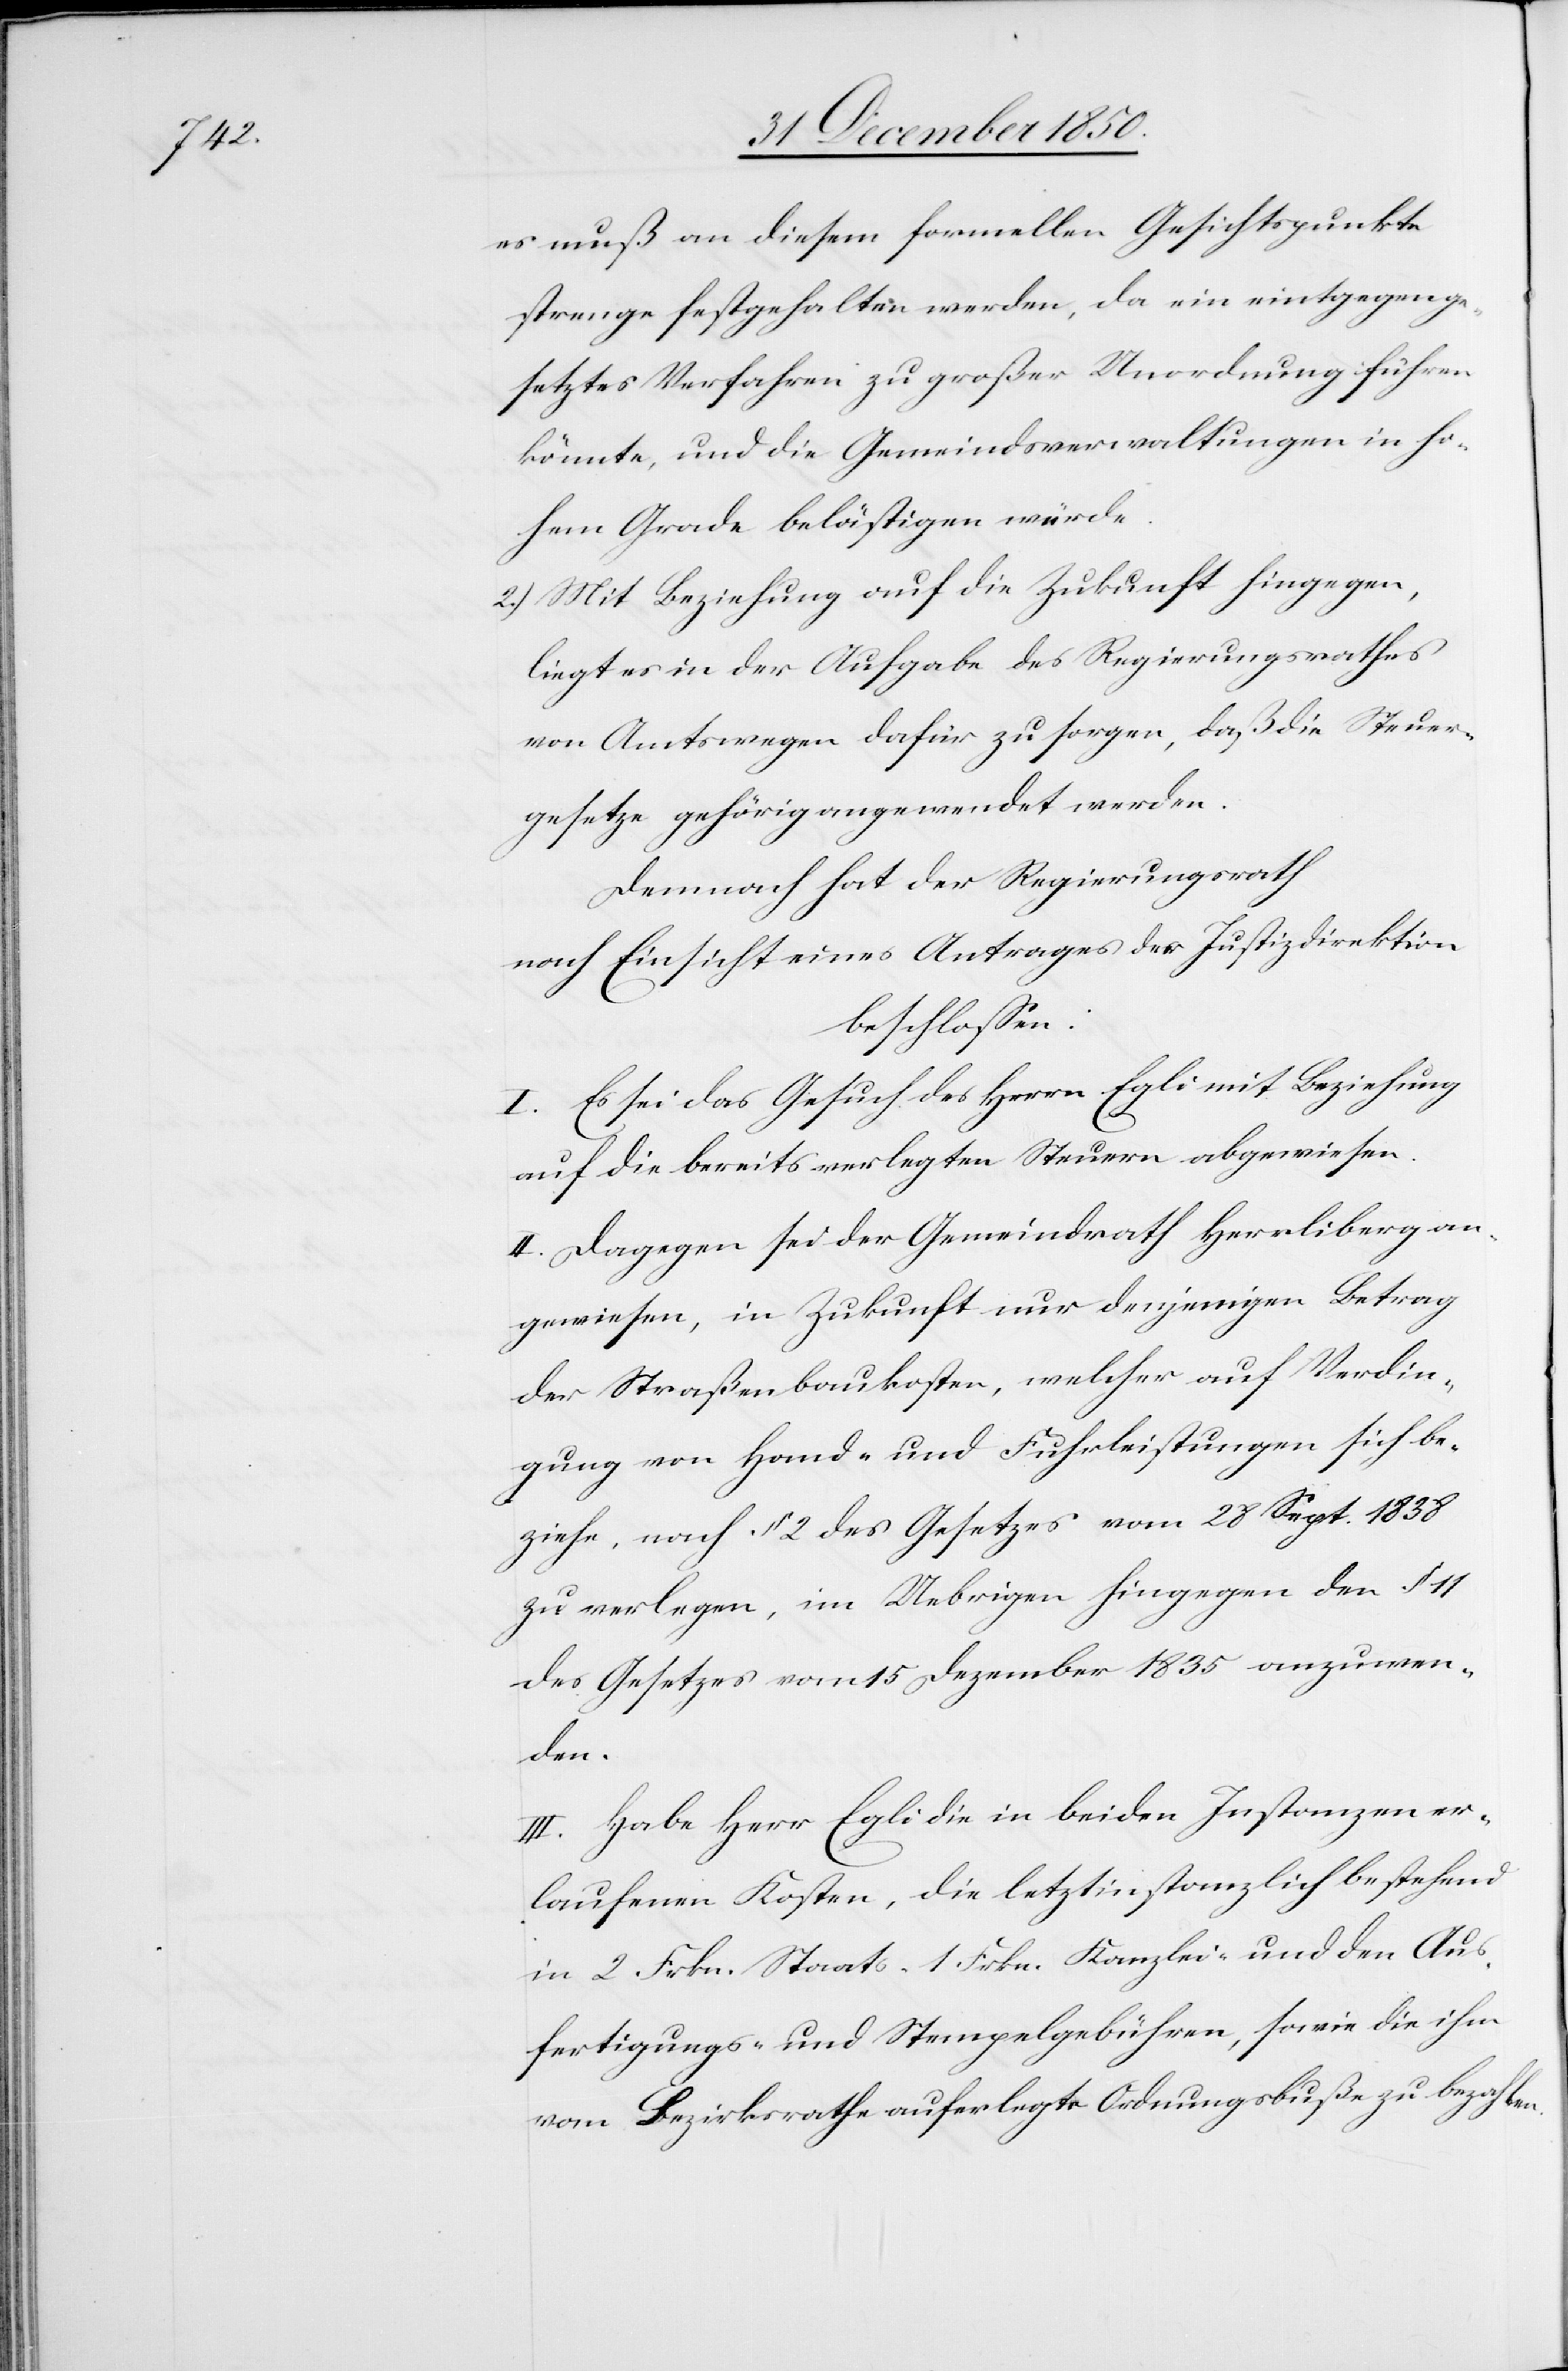
es muß an diesem formellen Gesichtspunkte
strenge festgehalten werden, da ein entgegenge¬
setztes Verfahren zu großer Unordnung führen
könnte, und die Gemeindsverwaltungen in ho¬
hem Grade belästigen würde.
2.) Mit Beziehung auf die Zukunft hingegen,
liegt es in der Aufgabe des Regierungsrathes
von Amtswegen dafür zu sorgen, daß die Steuer¬
gesetze gehörig angewendet werden.
Demnach hat der Regierungsrath
nach Einsicht eines Antrages der Justizdirektion
beschlossen:
I. Es sei das Gesuch des Herr Egli mit Beziehung
auf die bereits verlegten Steuern abgewiesen.
II. Dagegen sei der Gemeindrath Herrliberg an¬
gewiesen, in Zukunft nur denjenigen Betrag
der Straßenbaukosten, welcher auf Verdin¬
gung von Hand- und Fuhrleistungen sich be¬
ziehe, nach § 2 des Gesetzes vom 28 Sept. 1838
zu verlegen, im Uebirgen hingegen den § 11
des Gesetzes vom 15 Dezember 1835 anzuwen¬
den.
III. Habe Herr Egli die in beiden Instanzen er¬
laufenen Kosten, die letztinstanzlich bestehend
in 2 Frkn. Staats-[,] 1 Frkn. Kanzlei- und den Aus¬
fertigungs- und Stempelgebühren, sowie die ihm
vom Bezirksrathe auferlegte Ordnungsbuße zu bezahlen.